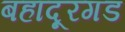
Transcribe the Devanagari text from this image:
बहादूरगड